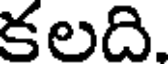
కలది.